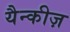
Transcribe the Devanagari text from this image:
यैन्कीज़